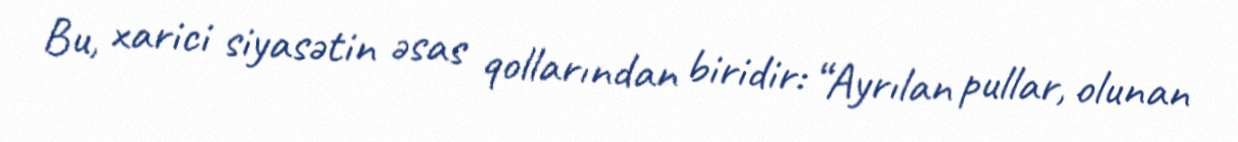
Bu, xarici siyasətin əsas qollarından biridir: “Ayrılan pullar, olunan